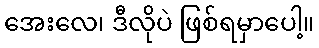
အေးလေ၊ ဒီလိုပဲ ဖြစ်ရမှာပေါ့။